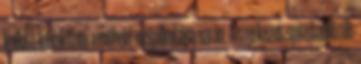
kellett kialakítani a műhold megalkotása során. A szerkezet spinstabilizált